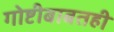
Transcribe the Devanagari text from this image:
गोष्टीबाबतही